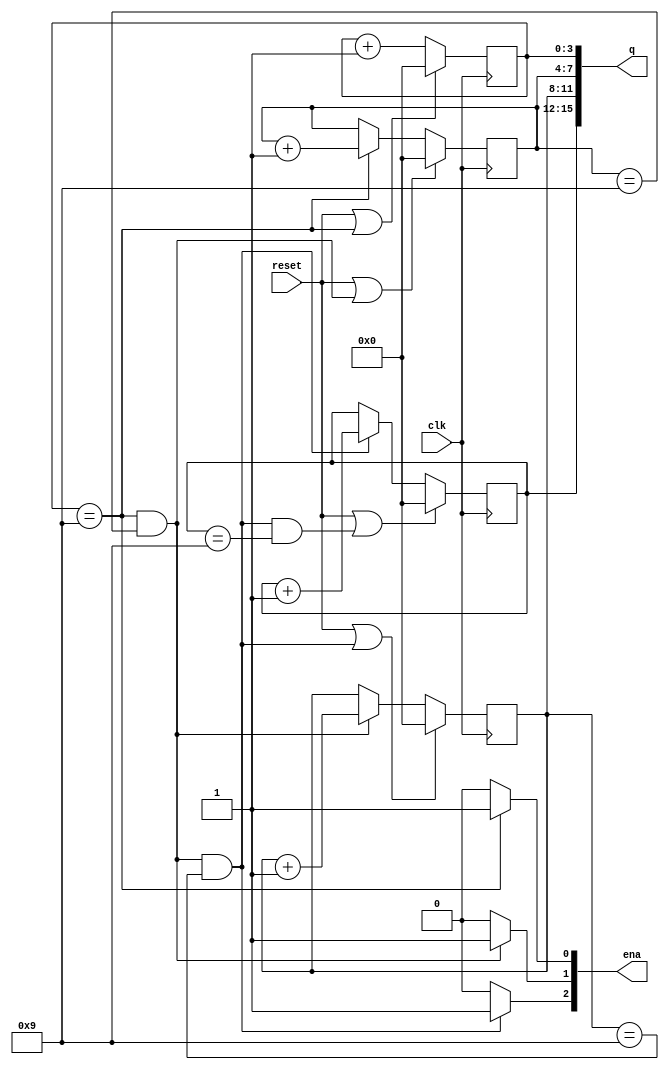
module top_module (
    input clk,
    input reset,   // Synchronous active-high reset
    output [3:1] ena,
    output [15:0] q);
    reg [3:0] one;
    reg [3:0] ten;
    reg [3:0] hundred;
    reg [3:0] thousand;
    always @(posedge clk)
        begin
            if(reset || one==4'd9)
                one <= 4'b0;
            else
                one <= one+1'b1;
        end
    always @(posedge clk)
        begin
            if(reset || ((one == 4'd9)&&(ten == 4'd9)))
                ten <= 4'b0;
            else if(one == 4'd9)
                begin
                      ten <= ten+1'b1;
                end
        end
     always @(posedge clk)
        begin
            if(reset || ((one == 4'd9)&&(ten == 4'd9)&&(hundred == 4'd9)))
                hundred <= 4'b0;
            else if((one == 4'd9)&&(ten == 4'd9))
                hundred <= hundred+1'b1;
        end
     always @(posedge clk)
        begin
            if(reset || ((one == 4'd9)&&(ten == 4'd9)&&(hundred == 4'd9)&&(thousand == 4'd9)))
                thousand <= 4'b0;
            else if((one == 4'd9)&&(ten == 4'd9)&&(hundred == 4'd9))
                thousand <= thousand+1'b1;
        end
   
    assign q = {thousand,hundred,ten,one};
    assign ena[1] = (one == 4'd9)?1'b1:1'b0;
    assign ena[2] = ((one == 4'd9)&&(ten == 4'd9))?1'b1:1'b0;
    assign ena[3] = ((one == 4'd9)&&(ten == 4'd9)&&(hundred == 4'd9))?1'b1:1'b0;
endmodule